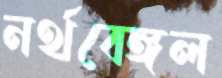
নর্থবেঙ্গল